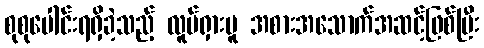
စုစုပေါင်းရရှိခဲ့သည့် လူပ်ရှားမူ အစားအသောက်အဆင့်ဖြစ်ပြီး